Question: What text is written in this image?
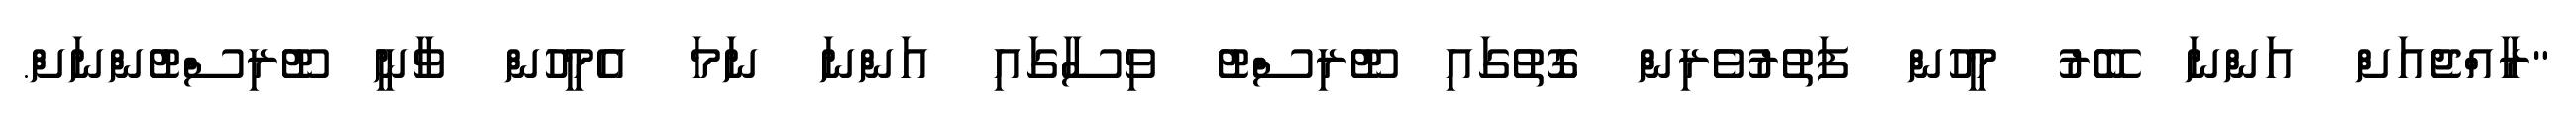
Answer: "ރާއްޖެއަށް އަންނަ ބޭރު މީހުން ފަތުރުވެރިން ގޮތުގައި ޓޫރިސްޓު ވިސާގައި އަންނަ ނަމަ އެމީހުން ވާނީ ޓޫރިސްޓުންނަށް.